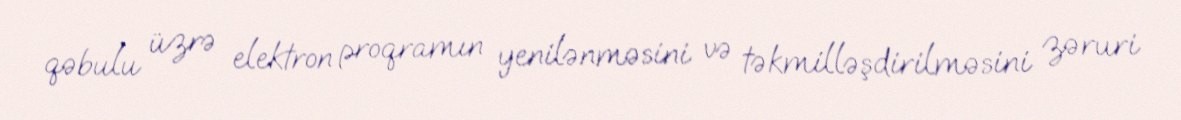
qəbulu üzrə elektron proqramın yenilənməsini və təkmilləşdirilməsini zəruri